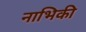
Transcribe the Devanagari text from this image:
नाभिकी